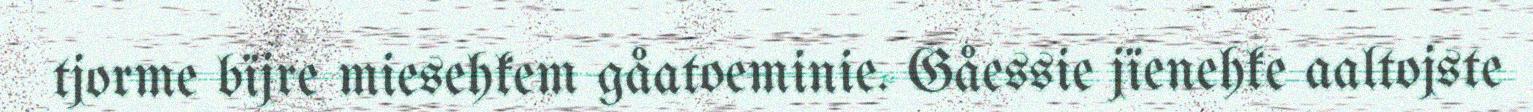
tjorme bïjre miesehkem gåatoeminie. Gåessie jïenehke aaltojste